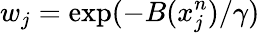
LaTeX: w_{j}=\textrm{exp}(-B(x_{j}^{n})/\gamma)